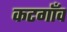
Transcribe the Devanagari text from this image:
कटगाँव